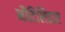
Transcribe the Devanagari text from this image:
नौटिलिडाए